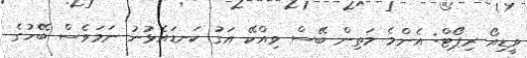
ވީޑިއޯ ރިޕޯޓް: އެންމެ މަތިން ބޭސް ވިއްކޭ އަގު ކަނޑައެޅުނު ނަމަވެސް ބޭހުގެ